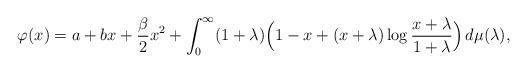
LaTeX: \begin{align*}\displaystyle \varphi(x)=a+bx+\frac{\beta}{2}x^2+\int_0^\infty (1+\lambda)\Bigl(1-x+(x+\lambda)\log\frac{x+\lambda}{1+\lambda}\Bigr)\,d\mu(\lambda),\end{align*}